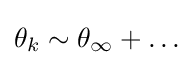
\theta _{k}\sim \theta _{\infty }+\ldots